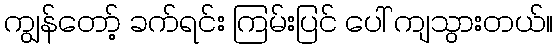
ကျွန်တော့် ခက်ရင်း ကြမ်းပြင် ပေါ် ကျသွားတယ်။